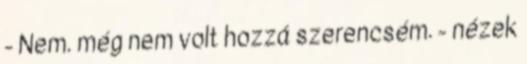
- Nem. még nem volt hozzá szerencsém. - nézek